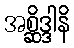
အစ္ဆိဒ္ဒါနိ